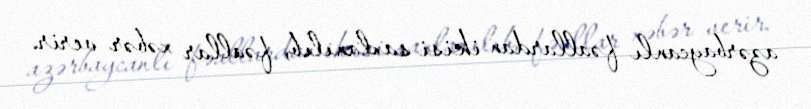
azərbaycanlı fəallardan ikisi saxlanılıb, fəallar xəbər verir.